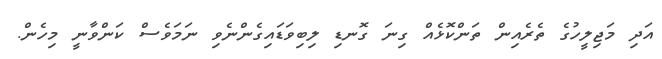
އަދި މަޖިލީހުގެ ތެރެއިން ތަންކޮޅެއް ގިނަ ގޮނޑި ލިބިވަޑައިގެންނެވި ނަމަވެސް ކަންވާނީ މިހެން.